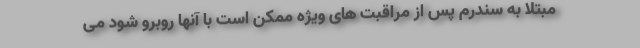
مبتلا به سندرم پس از مراقبت های ویژه ممکن است با آنها روبرو شود می